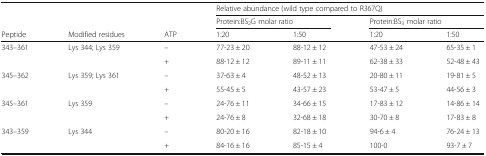
|  |  |  | <COLSPAN=4> Relative abundance (wild type compared to R367Q) |
 |  |  |  | <COLSPAN=2> Protein:BS2G molar ratio | <COLSPAN=2> Protein:BS3 molar ratio |
 | Peptide | Modified residues | ATP | 1:20 | 1:50 | 1:20 | 1:50 |
 | --- | --- | --- | --- | --- | --- | --- |
 | <ROWSPAN=2> 343–361 | <ROWSPAN=2> Lys 344; Lys 359 | – | 77-23 ± 20 | 88-12 ± 12 | 47-53 ± 24 | 65-35 ± 1 |
 | + | 88-12 ± 12 | 89-11 ± 11 | 62-38 ± 33 | 52-48 ± 43 |
 | <ROWSPAN=2> 345–362 | <ROWSPAN=2> Lys 359; Lys 361 | – | 37-63 ± 4 | 48-52 ± 13 | 20-80 ± 11 | 19-81 ± 5 |
 | + | 55-45 ± 5 | 43-57 ± 23 | 53-47 ± 5 | 44-56 ± 3 |
 | <ROWSPAN=2> 345–361 | <ROWSPAN=2> Lys 359 | – | 24-76 ± 11 | 34-66 ± 15 | 17-83 ± 12 | 14-86 ± 14 |
 | + | 24-76 ± 8 | 32-68 ± 18 | 30-70 ± 8 | 17-83 ± 8 |
 | <ROWSPAN=2> 343–359 | <ROWSPAN=2> Lys 344 | – | 80-20 ± 16 | 82-18 ± 10 | 94-6 ± 4 | 76-24 ± 13 |
 | + | 84-16 ± 16 | 85-15 ± 4 | 100-0 | 93-7 ± 7 |